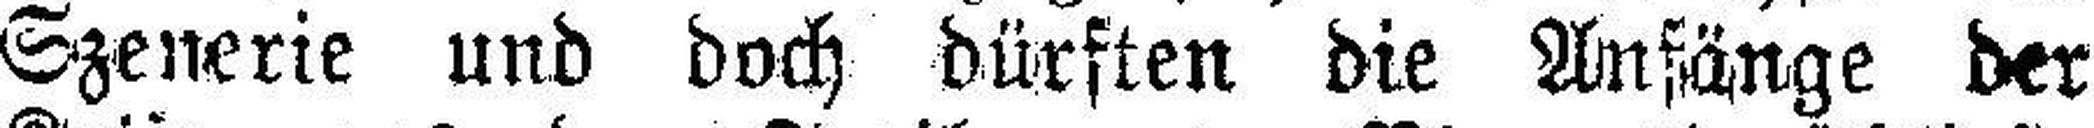
Szenerie und doch dürften die Anfänge der